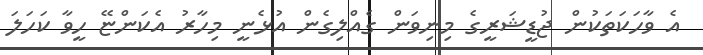
އެ ވާހަަކަތަކުން ޖުޑީޝަރީގެ މިނިވަން ގެއްލިގެން އުޅެނީ މިހާރު އެކަންޏޭ ހީވާ ކަހަލަ